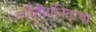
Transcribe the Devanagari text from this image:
ज्योतीर्गनिताचा